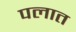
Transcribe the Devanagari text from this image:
पलात